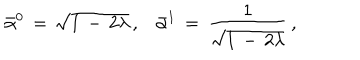
\bar { \alpha } ^ { 0 } \, = \, \sqrt { 1 \, - \, 2 \lambda } \, { , } \quad \bar { \alpha } ^ { 1 } \, = \, \frac { 1 } { \sqrt { 1 \, - \, 2 \lambda } } \, { , }